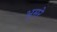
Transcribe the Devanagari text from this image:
भुमरे